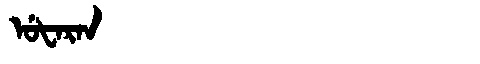
Manchu: ᡠᡶᠠᡵᠠᠨ
Romanization: UFARAN